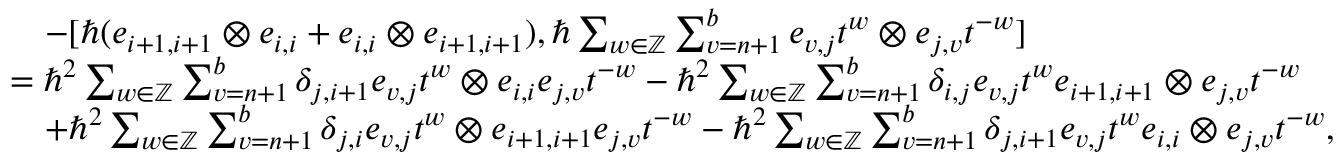
\begin{array} { r l } & { \quad - [ \hbar ( e _ { i + 1 , i + 1 } \otimes e _ { i , i } + e _ { i , i } \otimes e _ { i + 1 , i + 1 } ) , \hbar \sum _ { w \in \mathbb { Z } } \sum _ { v = n + 1 } ^ { b } e _ { v , j } t ^ { w } \otimes e _ { j , v } t ^ { - w } ] } \\ & { = \hbar ^ { 2 } \sum _ { w \in \mathbb { Z } } \sum _ { v = n + 1 } ^ { b } \delta _ { j , i + 1 } e _ { v , j } t ^ { w } \otimes e _ { i , i } e _ { j , v } t ^ { - w } - \hbar ^ { 2 } \sum _ { w \in \mathbb { Z } } \sum _ { v = n + 1 } ^ { b } \delta _ { i , j } e _ { v , j } t ^ { w } e _ { i + 1 , i + 1 } \otimes e _ { j , v } t ^ { - w } } \\ & { \quad + \hbar ^ { 2 } \sum _ { w \in \mathbb { Z } } \sum _ { v = n + 1 } ^ { b } \delta _ { j , i } e _ { v , j } t ^ { w } \otimes e _ { i + 1 , i + 1 } e _ { j , v } t ^ { - w } - \hbar ^ { 2 } \sum _ { w \in \mathbb { Z } } \sum _ { v = n + 1 } ^ { b } \delta _ { j , i + 1 } e _ { v , j } t ^ { w } e _ { i , i } \otimes e _ { j , v } t ^ { - w } , } \end{array}